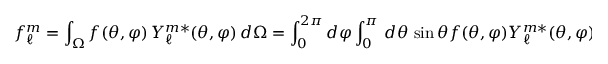
f _ { \ell } ^ { m } = \int _ { \Omega } f ( \theta , \varphi ) \, Y _ { \ell } ^ { m * } ( \theta , \varphi ) \, d \Omega = \int _ { 0 } ^ { 2 \pi } d \varphi \int _ { 0 } ^ { \pi } \, d \theta \, \sin \theta f ( \theta , \varphi ) Y _ { \ell } ^ { m * } ( \theta , \varphi ) .